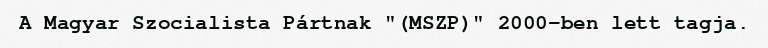
A Magyar Szocialista Pártnak "(MSZP)" 2000-ben lett tagja.